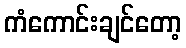
ကံကောင်းချင်တော့